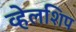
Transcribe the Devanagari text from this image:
व्हेलशिप